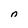
Character: n